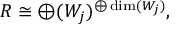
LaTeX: R \cong \oplus ( W _ { j } ) ^ { \oplus \dim ( W _ { j } ) } ,